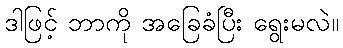
ဒါဖြင့် ဘာကို အခြေခံပြီး ရွေးမလဲ။